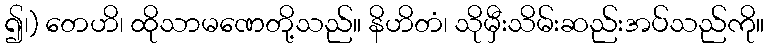
၍၊) တေဟိ၊ ထိုသာမဏေတို့သည်။ နိဟိတံ၊ သိုမှီးသိမ်းဆည်းအပ်သည်ကို။